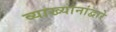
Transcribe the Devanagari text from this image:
व्याख्यानांद्वारे